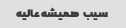
سیب  همیشه عالیه